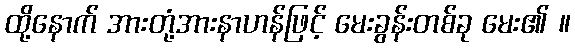
ထို့နောက် အားတုံ့အားနာဟန်ဖြင့် မေးခွန်းတစ်ခု မေး၏ ။